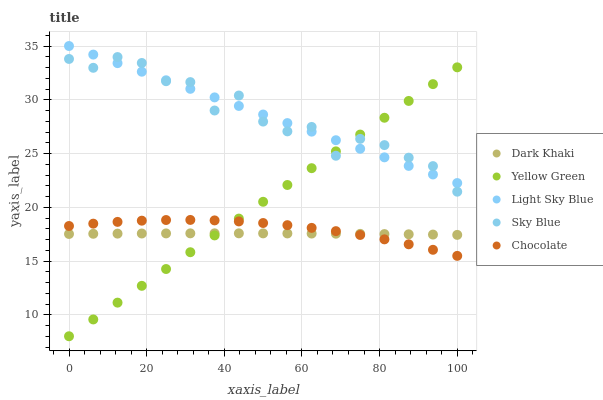
| xaxis_label | Dark Khaki | Yellow Green | Light Sky Blue | Sky Blue | Chocolate |
 | --- | --- | --- | --- | --- | --- |
 | 0 | 17.5 | 8 | 35 | 33.8 | 18.3 |
 | 6.25 | 17.5 | 9.56 | 34.2 | 33 | 18.5 |
 | 12.5 | 17.5 | 11.1 | 33.4 | 34 | 18.6 |
 | 18.8 | 17.6 | 12.7 | 32.6 | 33.4 | 18.8 |
 | 25 | 17.6 | 14.3 | 31.8 | 31.7 | 18.8 |
 | 31.2 | 17.6 | 15.8 | 31 | 31.6 | 18.8 |
 | 37.5 | 17.6 | 17.4 | 30.2 | 29 | 18.8 |
 | 43.8 | 17.6 | 18.9 | 29.4 | 30.4 | 18.7 |
 | 50 | 17.6 | 20.5 | 28.6 | 28 | 18.5 |
 | 56.2 | 17.6 | 22.1 | 27.8 | 27.1 | 18.3 |
 | 62.5 | 17.6 | 23.6 | 27 | 27.5 | 18.1 |
 | 68.8 | 17.5 | 25.2 | 26.2 | 24.8 | 17.8 |
 | 75 | 17.5 | 26.8 | 25.4 | 26.4 | 17.4 |
 | 81.2 | 17.5 | 28.3 | 24.6 | 25.8 | 17 |
 | 87.5 | 17.5 | 29.9 | 23.8 | 24.6 | 16.6 |
 | 93.8 | 17.5 | 31.5 | 23.1 | 23.8 | 16 |
 | 100 | 17.4 | 33 | 22.3 | 21.4 | 15.5 |